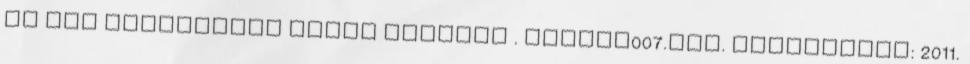
Az One dalszövege angol nyelven . lyrics007.com. Hozzáférés: 2011.